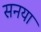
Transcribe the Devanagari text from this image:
सनया